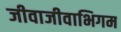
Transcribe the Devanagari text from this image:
जीवाजीवाभिगम